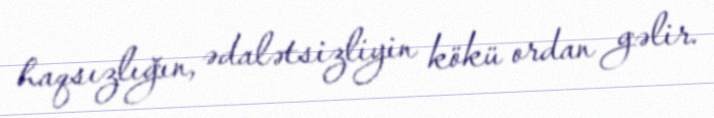
haqsızlığın, ədalətsizliyin kökü ordan gəlir.